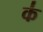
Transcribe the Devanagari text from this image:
क॑